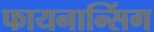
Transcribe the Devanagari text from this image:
फायनान्सिंग